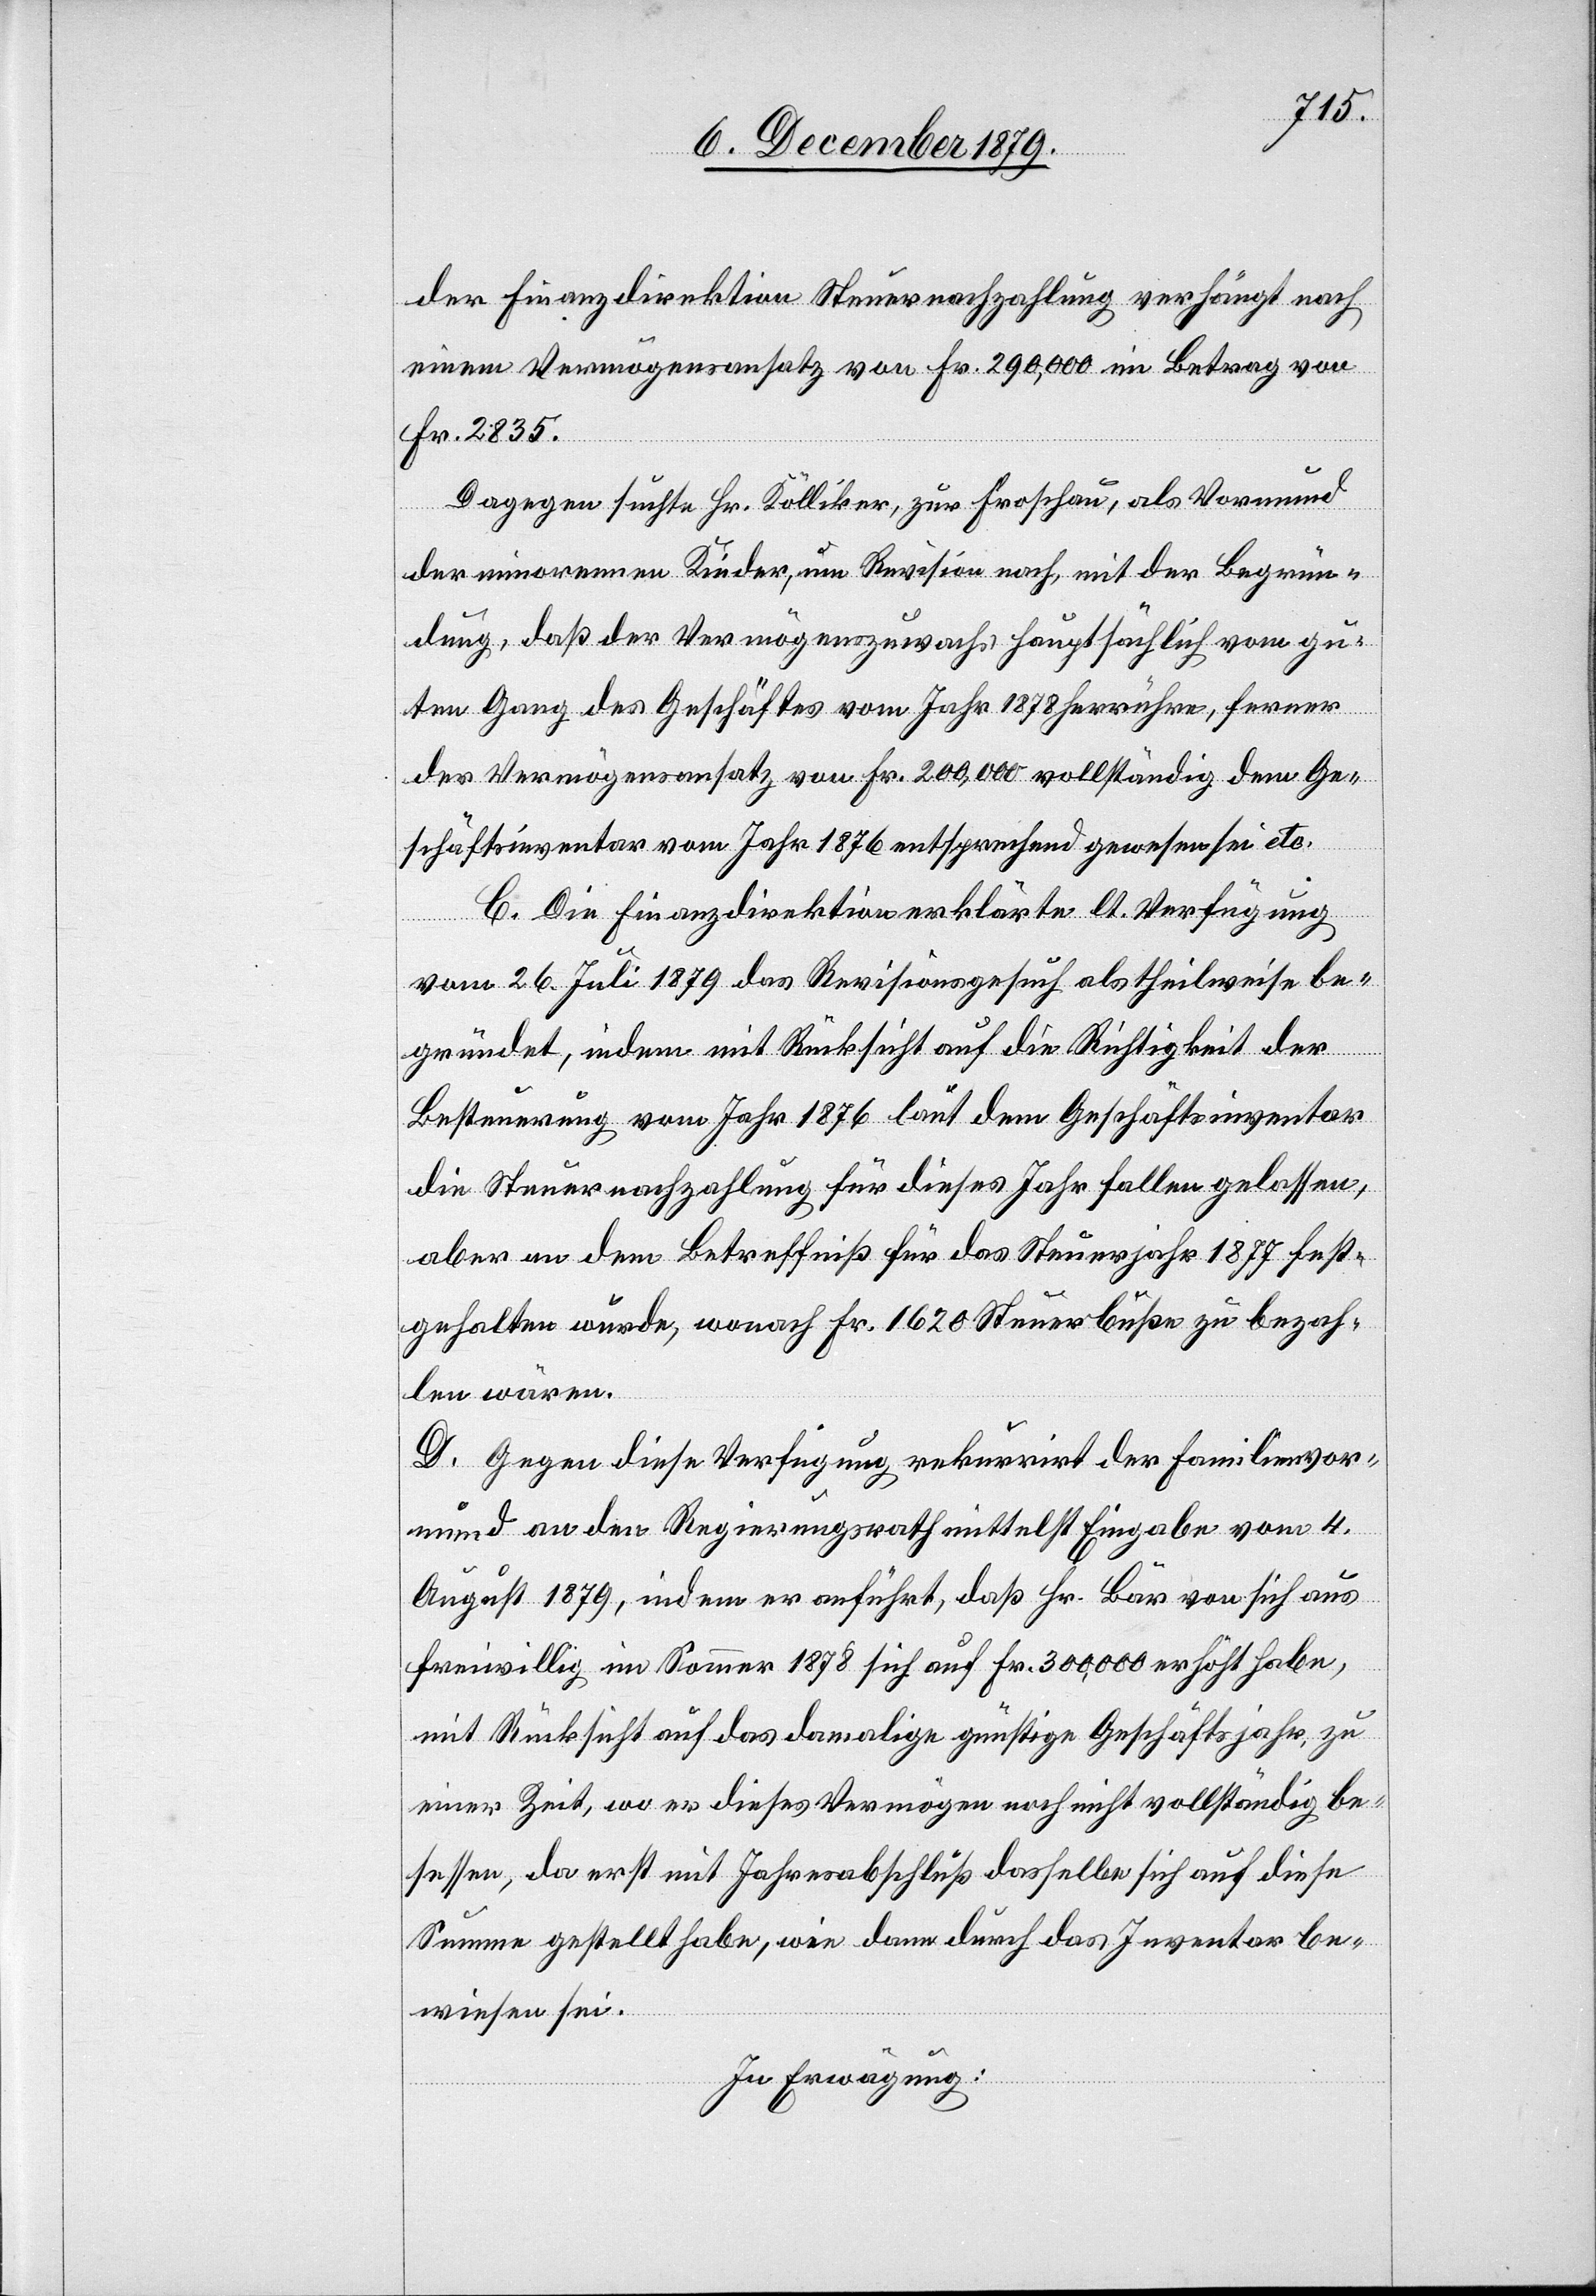
der Finanzdirektion Steuernachzahlung verhängt nach
einem Vermögensansatz von Fr. 290,000 im Betrag von
Fr. 2835.
Dagegen suchte Hr. Kölliker, zur Froschau, als Vormund
der minorenen Kinder, um Revision nach, mit der Begrün¬
dung, daß der Vermögenszuwachs hauptsächlich vom gu¬
ten Gang des Geschäftes vom Jahr 1878 herrühre, ferner
der Vermögensansatz von Fr. 200,000 vollständig dem Ge¬
schäftsinventar vom Jahr 1876 entsprechend gewesen sei etc.
C.
c!] Die Finanzdirektion erklärte lt. Verfügung
[si¬
vom 26. Juli 1879 das Revisionsgesuch als theilweise be¬
gründet, indem mit Rücksicht auf die Richtigkeit der
Besteuerung vom Jahr 1876 laut dem Geschäftsinventar
die Steuernachzahlung für dieses Jahr fallen gelassen,
aber an dem Betreffniß für das Steuerjahr 1877 fest¬
gehalten wurde, wonach Fr. 1620 Steuerbuße zu bezah¬
len wären.
D. Gegen diese Verfügung rekurrirt der Familienvor¬
mund an den Regierungsrath mittelst Eingabe vom 4.
August 1879, indem er anführt, daß Hr. Bär von sich aus
freiwillig im Sommer 1878 sich auf Fr. 300,000 erhöht habe,
mit Rücksicht auf das damalige günstige Geschäftsjahr, zu
einer Zeit, wo er dieses Vermögen noch nicht vollständig be¬
sessen, da erst mit Jahresabschluß dasselbe sich auf diese
Summe gestellt habe, wie dann durch das Inventar be¬
wiesen sei.
In Erwägung: